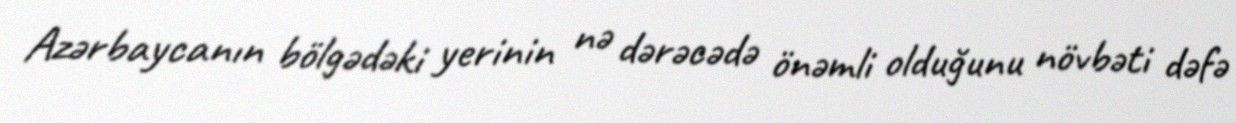
Azərbaycanın bölgədəki yerinin nə dərəcədə önəmli olduğunu növbəti dəfə